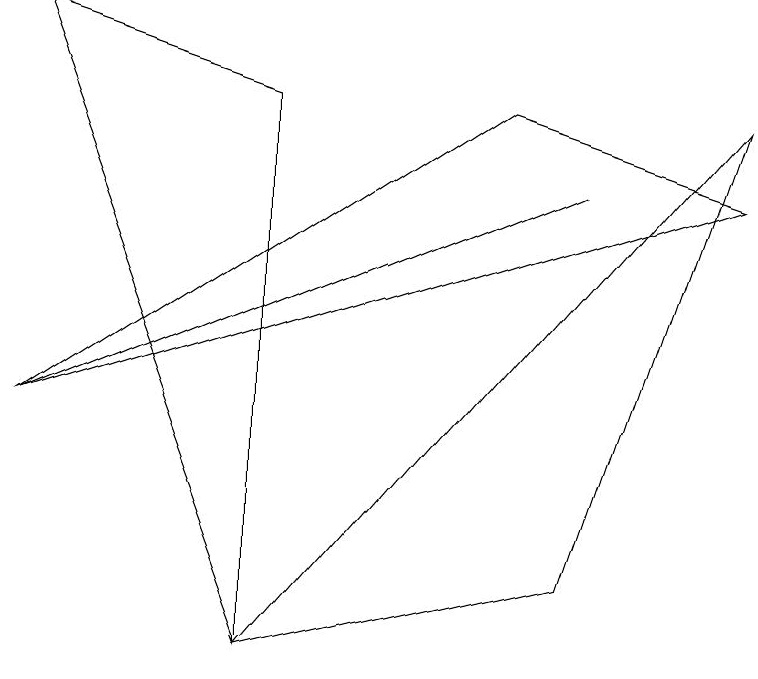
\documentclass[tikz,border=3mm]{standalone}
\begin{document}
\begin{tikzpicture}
\draw (0,3) -- (7,6) -- (0,3) -- cycle;
\draw (9,7) -- (7,1) -- (3,0) -- cycle;
\draw (0,3) -- (6,7) -- (9,6) -- cycle;
\draw (0,8) -- (3,7) -- (3,0) -- cycle;
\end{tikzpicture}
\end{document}